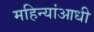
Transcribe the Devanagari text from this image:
महिन्यांआधी